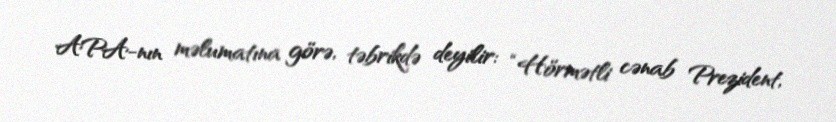
APA-nın məlumatına görə, təbrikdə deyilir: “Hörmətli cənab Prezident,